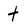
Character: t